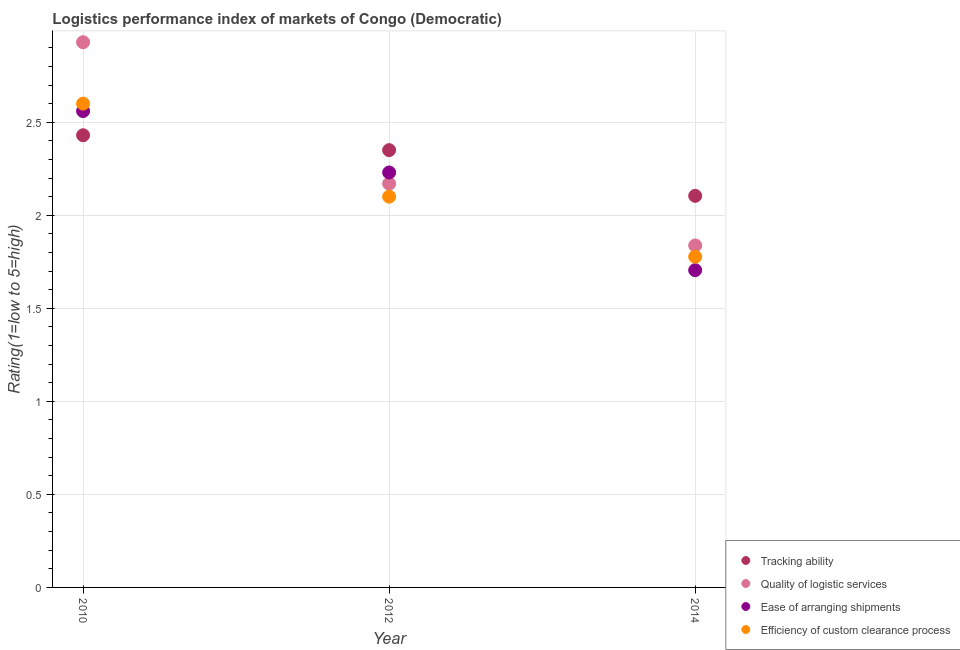
| Year | Tracking ability | Quality of logistic services | Ease of arranging shipments | Efficiency of custom clearance process |
 | --- | --- | --- | --- | --- |
 | 2010 | 2.43 | 2.93 | 2.56 | 2.6 |
 | 2012 | 2.35 | 2.17 | 2.23 | 2.1 |
 | 2014 | 2.1 | 1.84 | 1.7 | 1.78 |